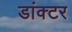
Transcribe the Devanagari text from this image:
डांक्टर